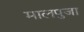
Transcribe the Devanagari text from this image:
मालपुजा